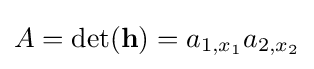
A=\det(\mathbf {h} )=a_{1,x_{1}}a_{2,x_{2}}